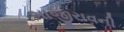
બાજીરાવની